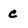
Character: C